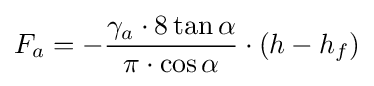
F_{a}=-{\frac {\gamma _{a}\cdot 8\tan \alpha }{\pi \cdot \cos \alpha }}\cdot (h-h_{f})